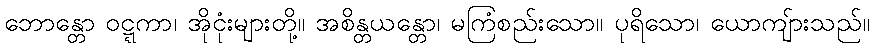
ဘောန္တော ဝဋ္ဋကာ၊ အိုငုံးများတို့။ အစိန္တယန္တော၊ မကြံစည်းသော။ ပုရိသော၊ ယောကျ်ားသည်။